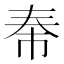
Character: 𪥐